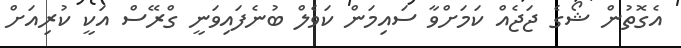
އެގޮތުން ޝޯގެ ޖަޖެއް ކަމަށްވާ ސައިމަން ކަވެލް ބުނެފައިވަނީ ގްރޭސް އަކީ ކުރިއަށް